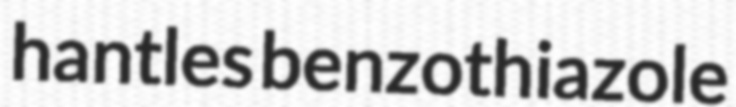
hantles benzothiazole